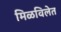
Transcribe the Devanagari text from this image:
मिळविलेत